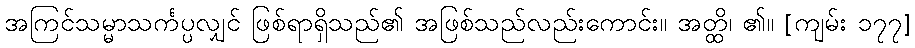
အကြင်သမ္မာသင်္ကပ္ပလျှင် ဖြစ်ရာရှိသည်၏ အဖြစ်သည်လည်းကောင်း။ အတ္ထိ၊ ၏။ [ကျမ်း ၁၇၇]